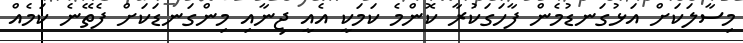
މިސާލަކަށް އަޅުގަނޑުމެން ފާހަގަކުރާ ކޮންމެ ކަމަކީ އެއީ ޖިނާއި މިންގަނޑަކަށް ފެތޭނެ ކަމެއް